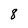
Character: 8